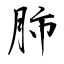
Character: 肺